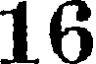
16